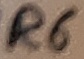
Text: R6